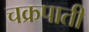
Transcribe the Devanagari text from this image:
चक्रपाती